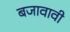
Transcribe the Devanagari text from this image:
बजावावी